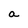
Character: a